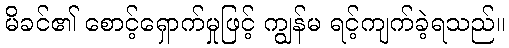
မိခင်၏ စောင့်ရှောက်မှုဖြင့် ကျွန်မ ရင့်ကျက်ခဲ့ရသည်။